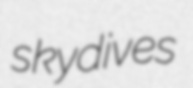
skydives